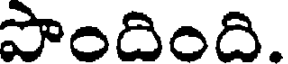
పొందింది.